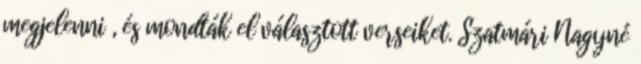
megjelenni , és mondták el választott verseiket. Szatmári Nagyné